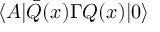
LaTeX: \langle A | \bar { Q } ( x ) \Gamma Q ( x ) | 0 \rangle